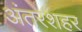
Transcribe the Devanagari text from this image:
अंतरशहर